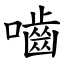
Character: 嚙